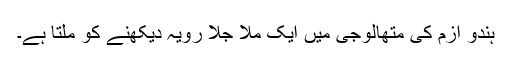
ہندو ازم کی متھالوجی میں‌ ایک ملا جلا رویہ دیکھنے کو ملتا ہے۔